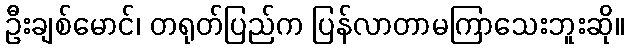
ဦးချစ်မောင်၊ တရုတ်ပြည်က ပြန်လာတာမကြာသေးဘူးဆို။